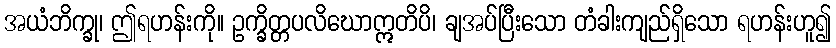
အယံဘိက္ခု၊ ဤရဟန်းကို။ ဥက္ခိတ္တပလိဃောဣတိပိ၊ ချအပ်ပြီးသော တံခါးကျည်ရှိသော ရဟန်းဟူ၍